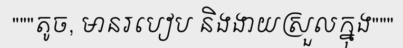
"""តូច, មានរបៀប និងងាយស្រួលក្នុង"""